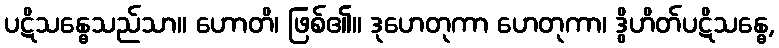
ပဋိသန္ဓေသည်သာ။ ဟောတိ၊ ဖြစ်၏။ ဒုဟေတုကာ ဟေတုကာ၊ ဒွိဟိတ်ပဋိသန္ဓေ,